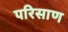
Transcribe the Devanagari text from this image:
परिसाण